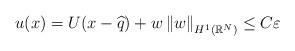
LaTeX: \begin{align*}u(x)=U(x-\widehat{q})+w\left \Vert w\right \Vert _{H^{1}(\mathbb{R}^{N})}\leq C\varepsilon \end{align*}